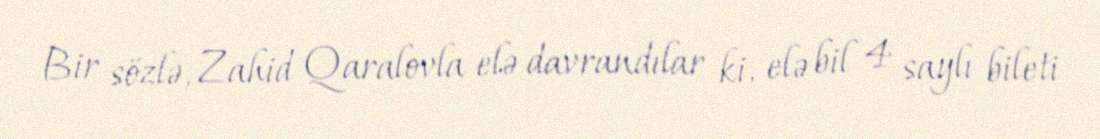
Bir sözlə, Zahid Qaralovla elə davrandılar ki, elə bil 4 saylı bileti